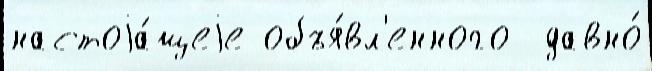
настоjа́щеjе объя́вл'енного  давно́